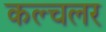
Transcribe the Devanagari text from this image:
कल्चलर